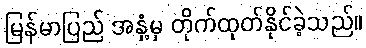
မြန်မာပြည် အနှံ့မှ တိုက်ထုတ်နိုင်ခဲ့သည်။